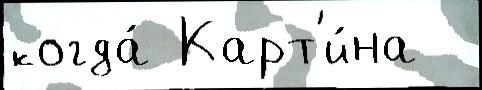
когда́ Карт'и́на